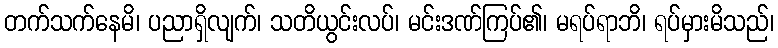
တက်သက်နေမိ၊ ပညာရှိလျက်၊ သတိယွင်းလပ်၊ မင်းဒဏ်ကြပ်၏၊ မရပ်ရာဘိ၊ ရပ်မှားမိသည်၊